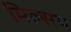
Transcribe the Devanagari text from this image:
मिल्सप